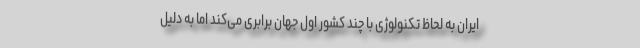
ایران به لحاظ تکنولوژی با چند کشور اول جهان برابری می‌کند اما به دلیل